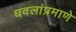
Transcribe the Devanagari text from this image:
धवलांप्रमाणे